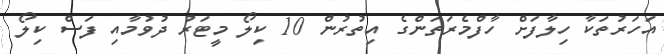
އަހަރުތަކާ ހިލާފަށް ހާފްމެރަތަންގެ އިތުރުން 10 ކިލޯ މީޓަރު ދުވުމާއި ފަސް ކިލޯ